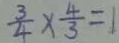
\frac { 3 } { 4 } \times \frac { 4 } { 3 } = 1